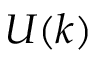
U ( k )